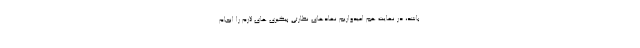
باشد، در نهایت هم امیدواریم نهادهای نظارتی پیگیری های لازم را انجام